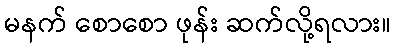
မနက် စောစော ဖုန်း ဆက်လို့ရလား။